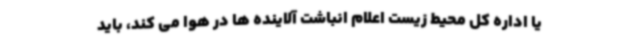
یا اداره کل محیط زیست اعلام انباشت آلاینده ها در هوا می کند، باید